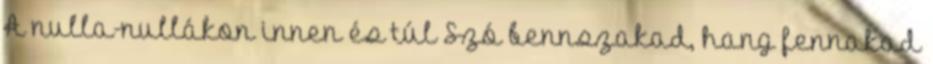
A nulla-nullákon innen és túl Szó bennszakad, hang fennakad